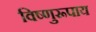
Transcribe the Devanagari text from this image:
विष्णुरूपाय